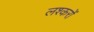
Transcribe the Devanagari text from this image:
लश्करों